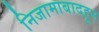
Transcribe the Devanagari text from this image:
निजामाबादहून